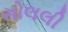
સોલલી